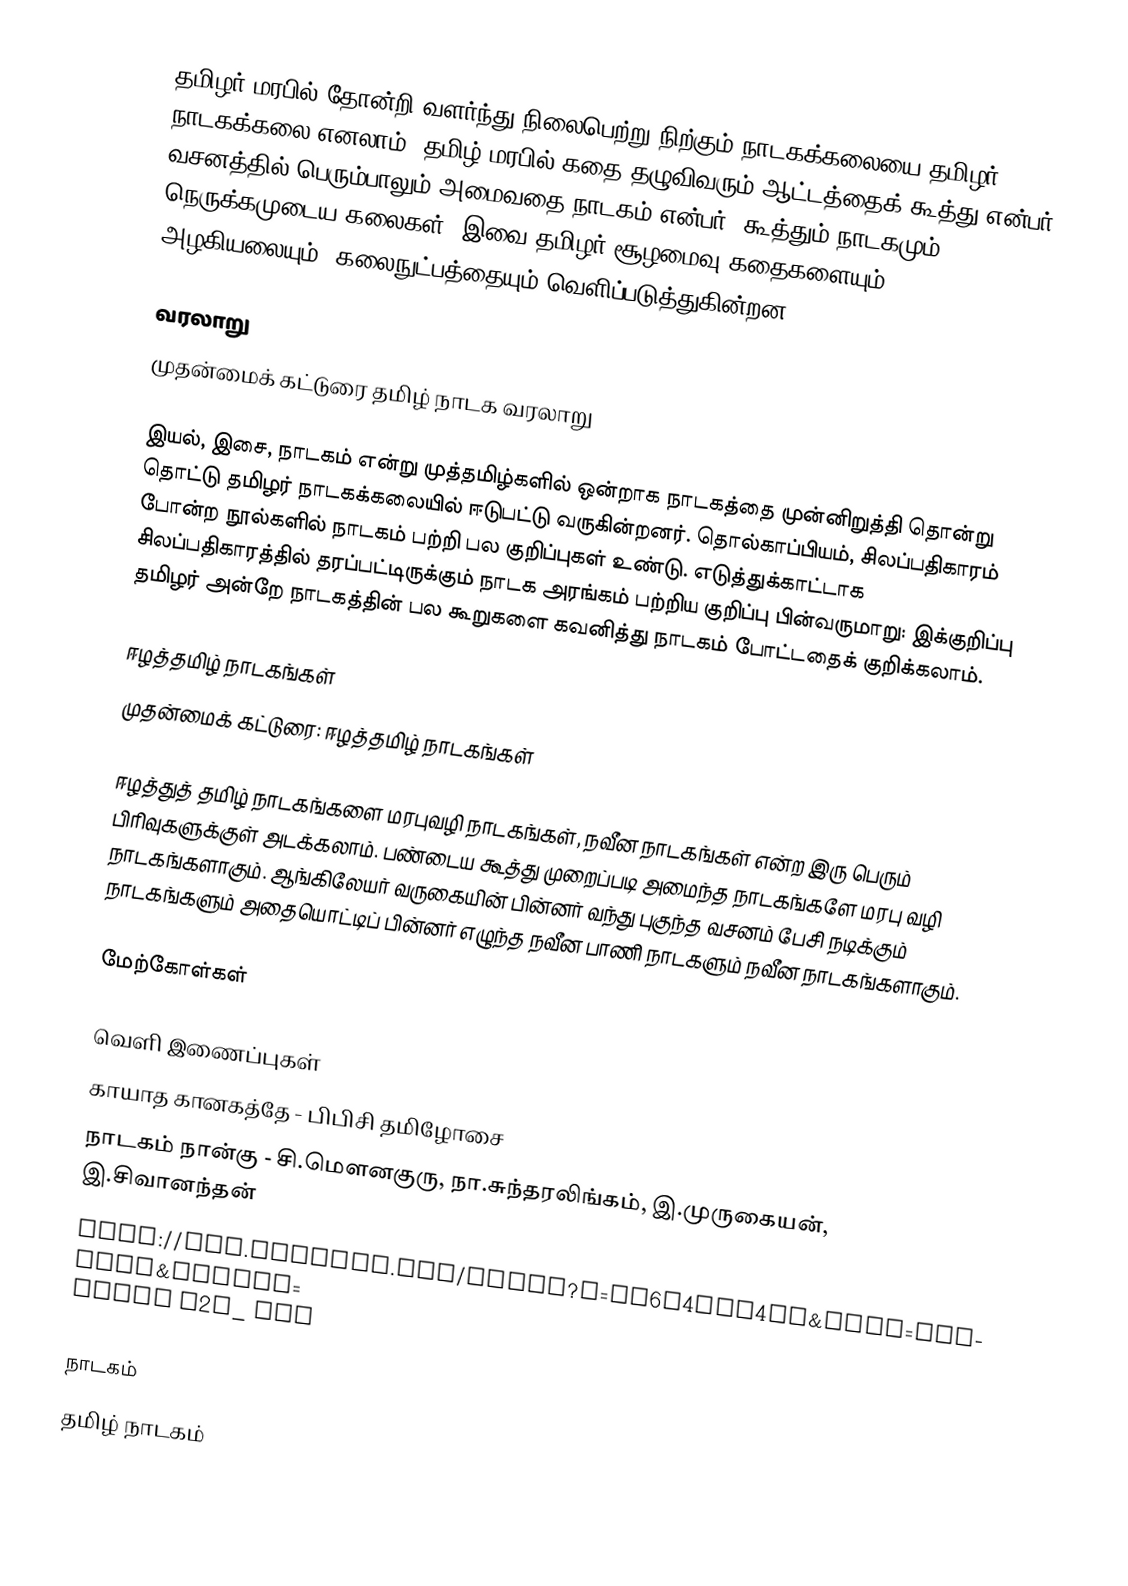
தமிழர் மரபில் தோன்றி வளர்ந்து நிலைபெற்று நிற்கும் நாடகக்கலையை தமிழர் நாடகக்கலை எனலாம்.  தமிழ் மரபில் கதை தழுவிவரும் ஆட்டத்தைக் கூத்து என்பர்.  வசனத்தில் பெரும்பாலும் அமைவதை நாடகம் என்பர்.  கூத்தும் நாடகமும் நெருக்கமுடைய கலைகள்.  இவை தமிழர் சூழமைவு கதைகளையும், அழகியலையும், கலைநுட்பத்தையும் வெளிப்படுத்துகின்றன.

வரலாறு
முதன்மைக் கட்டுரை தமிழ் நாடக வரலாறு

இயல், இசை, நாடகம் என்று முத்தமிழ்களில் ஒன்றாக நாடகத்தை முன்னிறுத்தி தொன்று தொட்டு தமிழர் நாடகக்கலையில் ஈடுபட்டு வருகின்றனர்.  தொல்காப்பியம், சிலப்பதிகாரம் போன்ற நூல்களில் நாடகம் பற்றி பல குறிப்புகள் உண்டு.  எடுத்துக்காட்டாக சிலப்பதிகாரத்தில் தரப்பட்டிருக்கும் நாடக அரங்கம் பற்றிய குறிப்பு பின்வருமாறு:  இக்குறிப்பு தமிழர் அன்றே நாடகத்தின் பல கூறுகளை கவனித்து நாடகம் போட்டதைக் குறிக்கலாம்.

ஈழத்தமிழ் நாடகங்கள்
முதன்மைக் கட்டுரை: ஈழத்தமிழ் நாடகங்கள்

ஈழத்துத் தமிழ் நாடகங்களை மரபுவழி நாடகங்கள், நவீன நாடகங்கள் என்ற இரு பெரும் பிரிவுகளுக்குள் அடக்கலாம். பண்டைய கூத்து முறைப்படி அமைந்த நாடகங்களே மரபு வழி நாடகங்களாகும். ஆங்கிலேயர் வருகையின் பின்னர் வந்து புகுந்த வசனம் பேசி நடிக்கும் நாடகங்களும் அதையொட்டிப் பின்னர் எழுந்த நவீன பாணி நாடகளும் நவீன நாடகங்களாகும்.

மேற்கோள்கள்

வெளி இணைப்புகள்
 காயாத கானகத்தே - பிபிசி தமிழோசை
 நாடகம் நான்கு - சி.மௌனகுரு, நா.சுந்தரலிங்கம், இ.முருகையன், இ.சிவானந்தன்
 http://www.youtube.com/watch?v=xf6S4FuF4Xk&mode=related&search= Kalki Y2k_ NRI

நாடகம்
தமிழ் நாடகம்